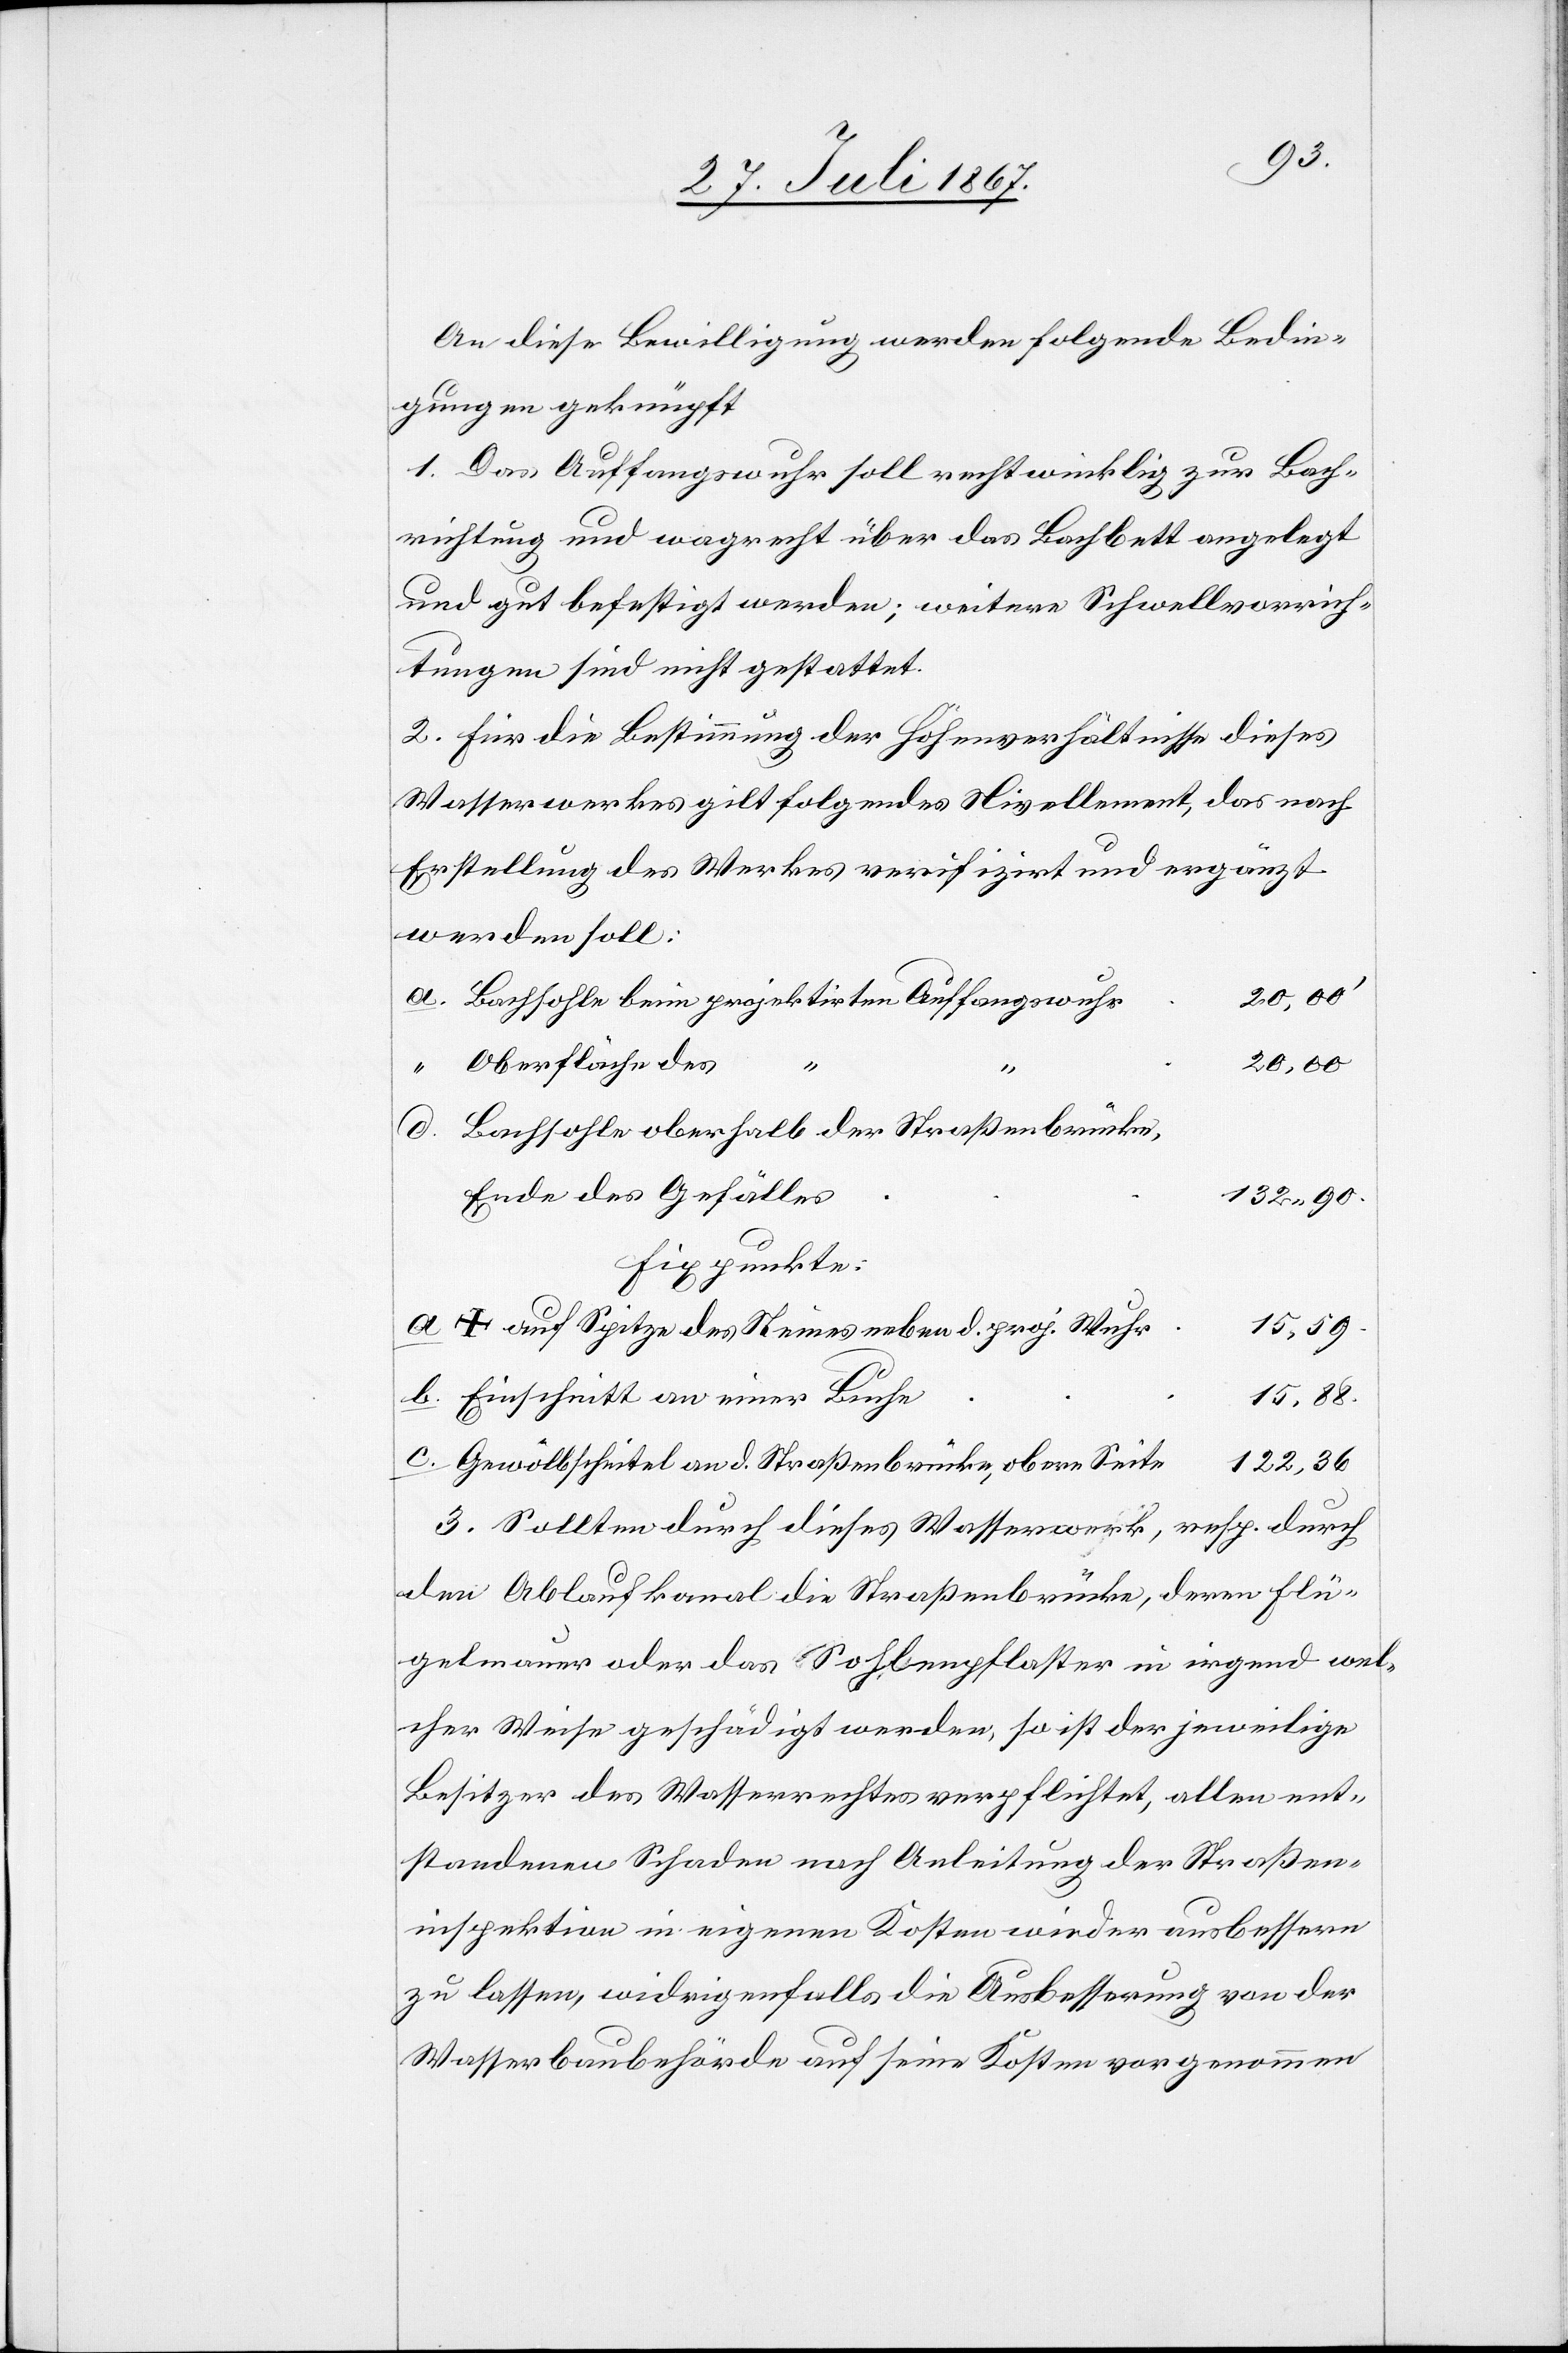
An diese Bewilligung werden folgende Bedin¬
gungen geknüpft:
1. Das Auffangswuhr soll rechtwinklig zur Bach¬
richtung und wagrecht über das Bachbett angelegt
und gut befestigt werden; weitere Schwellvorrich¬
tungen sind nicht gestattet.
2. Für die Bestimmung der Höhenverhältnisse dieses
Wasserwerkes gilt folgendes Nivellement, das nach
Erstellung des Werkes verifizirt und ergänzt
werden soll:
20,00
Bachsohle beim projektirten Auffangswuhr
20,00‘
Oberfläche des
d.
Bachsohle oberhalb der Straßenbrücke,
Ende des Gefälles
132.90.
Fixpunkte
a
+ auf Spitze des Steines neben d. proj. Wuhr
15,69.
Einschnitt an einer Buche
15.88.
Gewölbscheitel an d. Straßenbrücke, obere Seite
122,36.
3. Sollten durch dieses Wasserwerk, resp. durch
den Ablaufkanal die Straßenbrücke, deren Flü¬
gelmauer oder das Sohlenpflaster in irgend wel¬
cher Weise geschädigt werden, so ist der jeweilige
Besitzer des Wasserrechtes verpflichtet, allen ent¬
standenen Schaden nach Anleitung der Straßen¬
inspektion in eigenen Kosten wieder ausbessern
zu lassen, widrigenfalls die Ausbesserung von der
Wasserbaubehörde auf seine Kosten vorgenommen